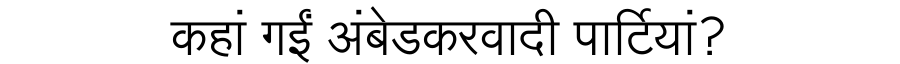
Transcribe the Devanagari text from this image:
कहां गईं अंबेडकरवादी पार्टियां?